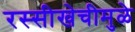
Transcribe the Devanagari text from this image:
रस्सीखेचीमुळे